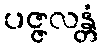
ပဇ္ဇလန္တံ